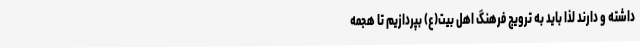
داشته و دارند لذا باید به ترویج فرهنگ اهل بیت(ع) بپردازیم تا هجمه